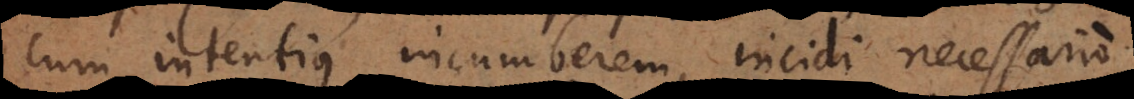
cum intentius incumberem, incidi necessario